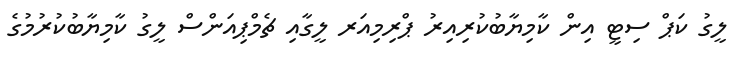
ލީގު ކަޕް ސިޓީ އިން ކާމިޔާބުކުރިއިރު ޕްރިމިއަރ ލީގާއި ޗެމްޕިއަންސް ލީގު ކާމިޔާބުކުރުމުގެ